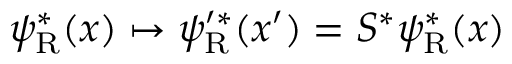
\psi _ { \mathrm { { R } } } ^ { * } ( x ) \mapsto \psi _ { \mathrm { { R } } } ^ { \prime * } ( x ^ { \prime } ) = S ^ { * } \psi _ { \mathrm { { R } } } ^ { * } ( x )